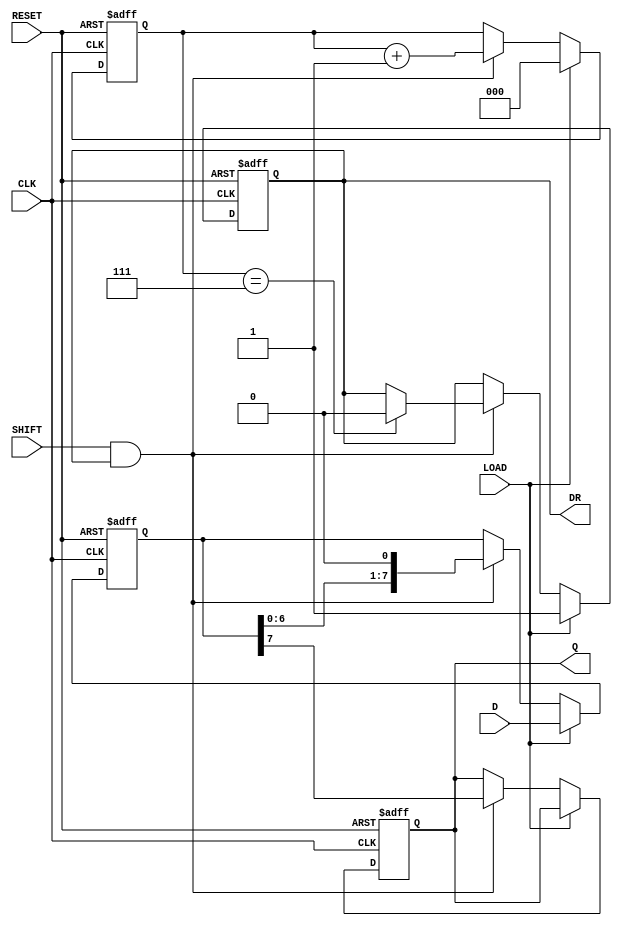
module PISO_Register (
    input  wire [7:0] D,      // 8-bit Data Input
    input  wire LOAD,         // Load Control Signal
    input  wire SHIFT,        // Shift Control Signal
    input  wire CLK,          // Clock Signal
    input  wire RESET,        // Asynchronous Reset Signal
    output reg  Q,            // Serial Output
    output reg  DR            // Data Ready Signal
);

    reg [7:0] REG;            // 8-bit Storage Register
    reg [2:0] shift_count;    // Counter to track the number of shifts

    always @(posedge CLK or posedge RESET) begin
        if (RESET) begin
            REG <= 8'b0;      // Clear the register on reset
            Q <= 1'b0;        // Clear the serial output
            DR <= 1'b0;       // Clear Data Ready signal
            shift_count <= 3'b0; // Reset shift count
        end else begin
            if (LOAD) begin
                REG <= D;      // Load data into the register
                DR <= 1'b1;    // Indicate that data is ready
                shift_count <= 3'b0; // Reset shift count
            end else if (SHIFT && DR) begin
                Q <= REG[7];   // Output the MSB to Q
                REG <= REG << 1; // Shift the data left
                shift_count <= shift_count + 1; // Increment shift count
                
                // Check if all bits have been shifted out
                if (shift_count == 3'b111) begin
                    DR <= 1'b0; // Clear Data Ready signal after all bits shifted
                end
            end
        end
    end
endmodule